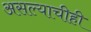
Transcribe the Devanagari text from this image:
असल्याचीही